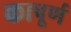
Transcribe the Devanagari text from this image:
कापूर्ण